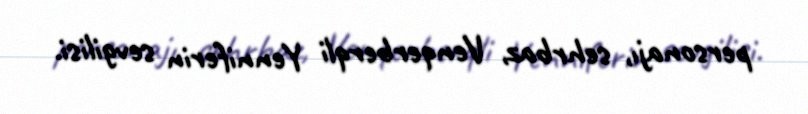
personajı, sehrbaz, Venqerberqli Yenniferin sevgilisi.